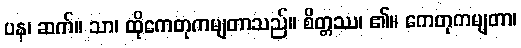
ပန၊ ဆက်။ သာ၊ ထိုကေတုကမျတာသည်။ စိတ္တဿ၊ ၏။ ကေတုကမျတာ၊